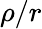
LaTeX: \rho/r